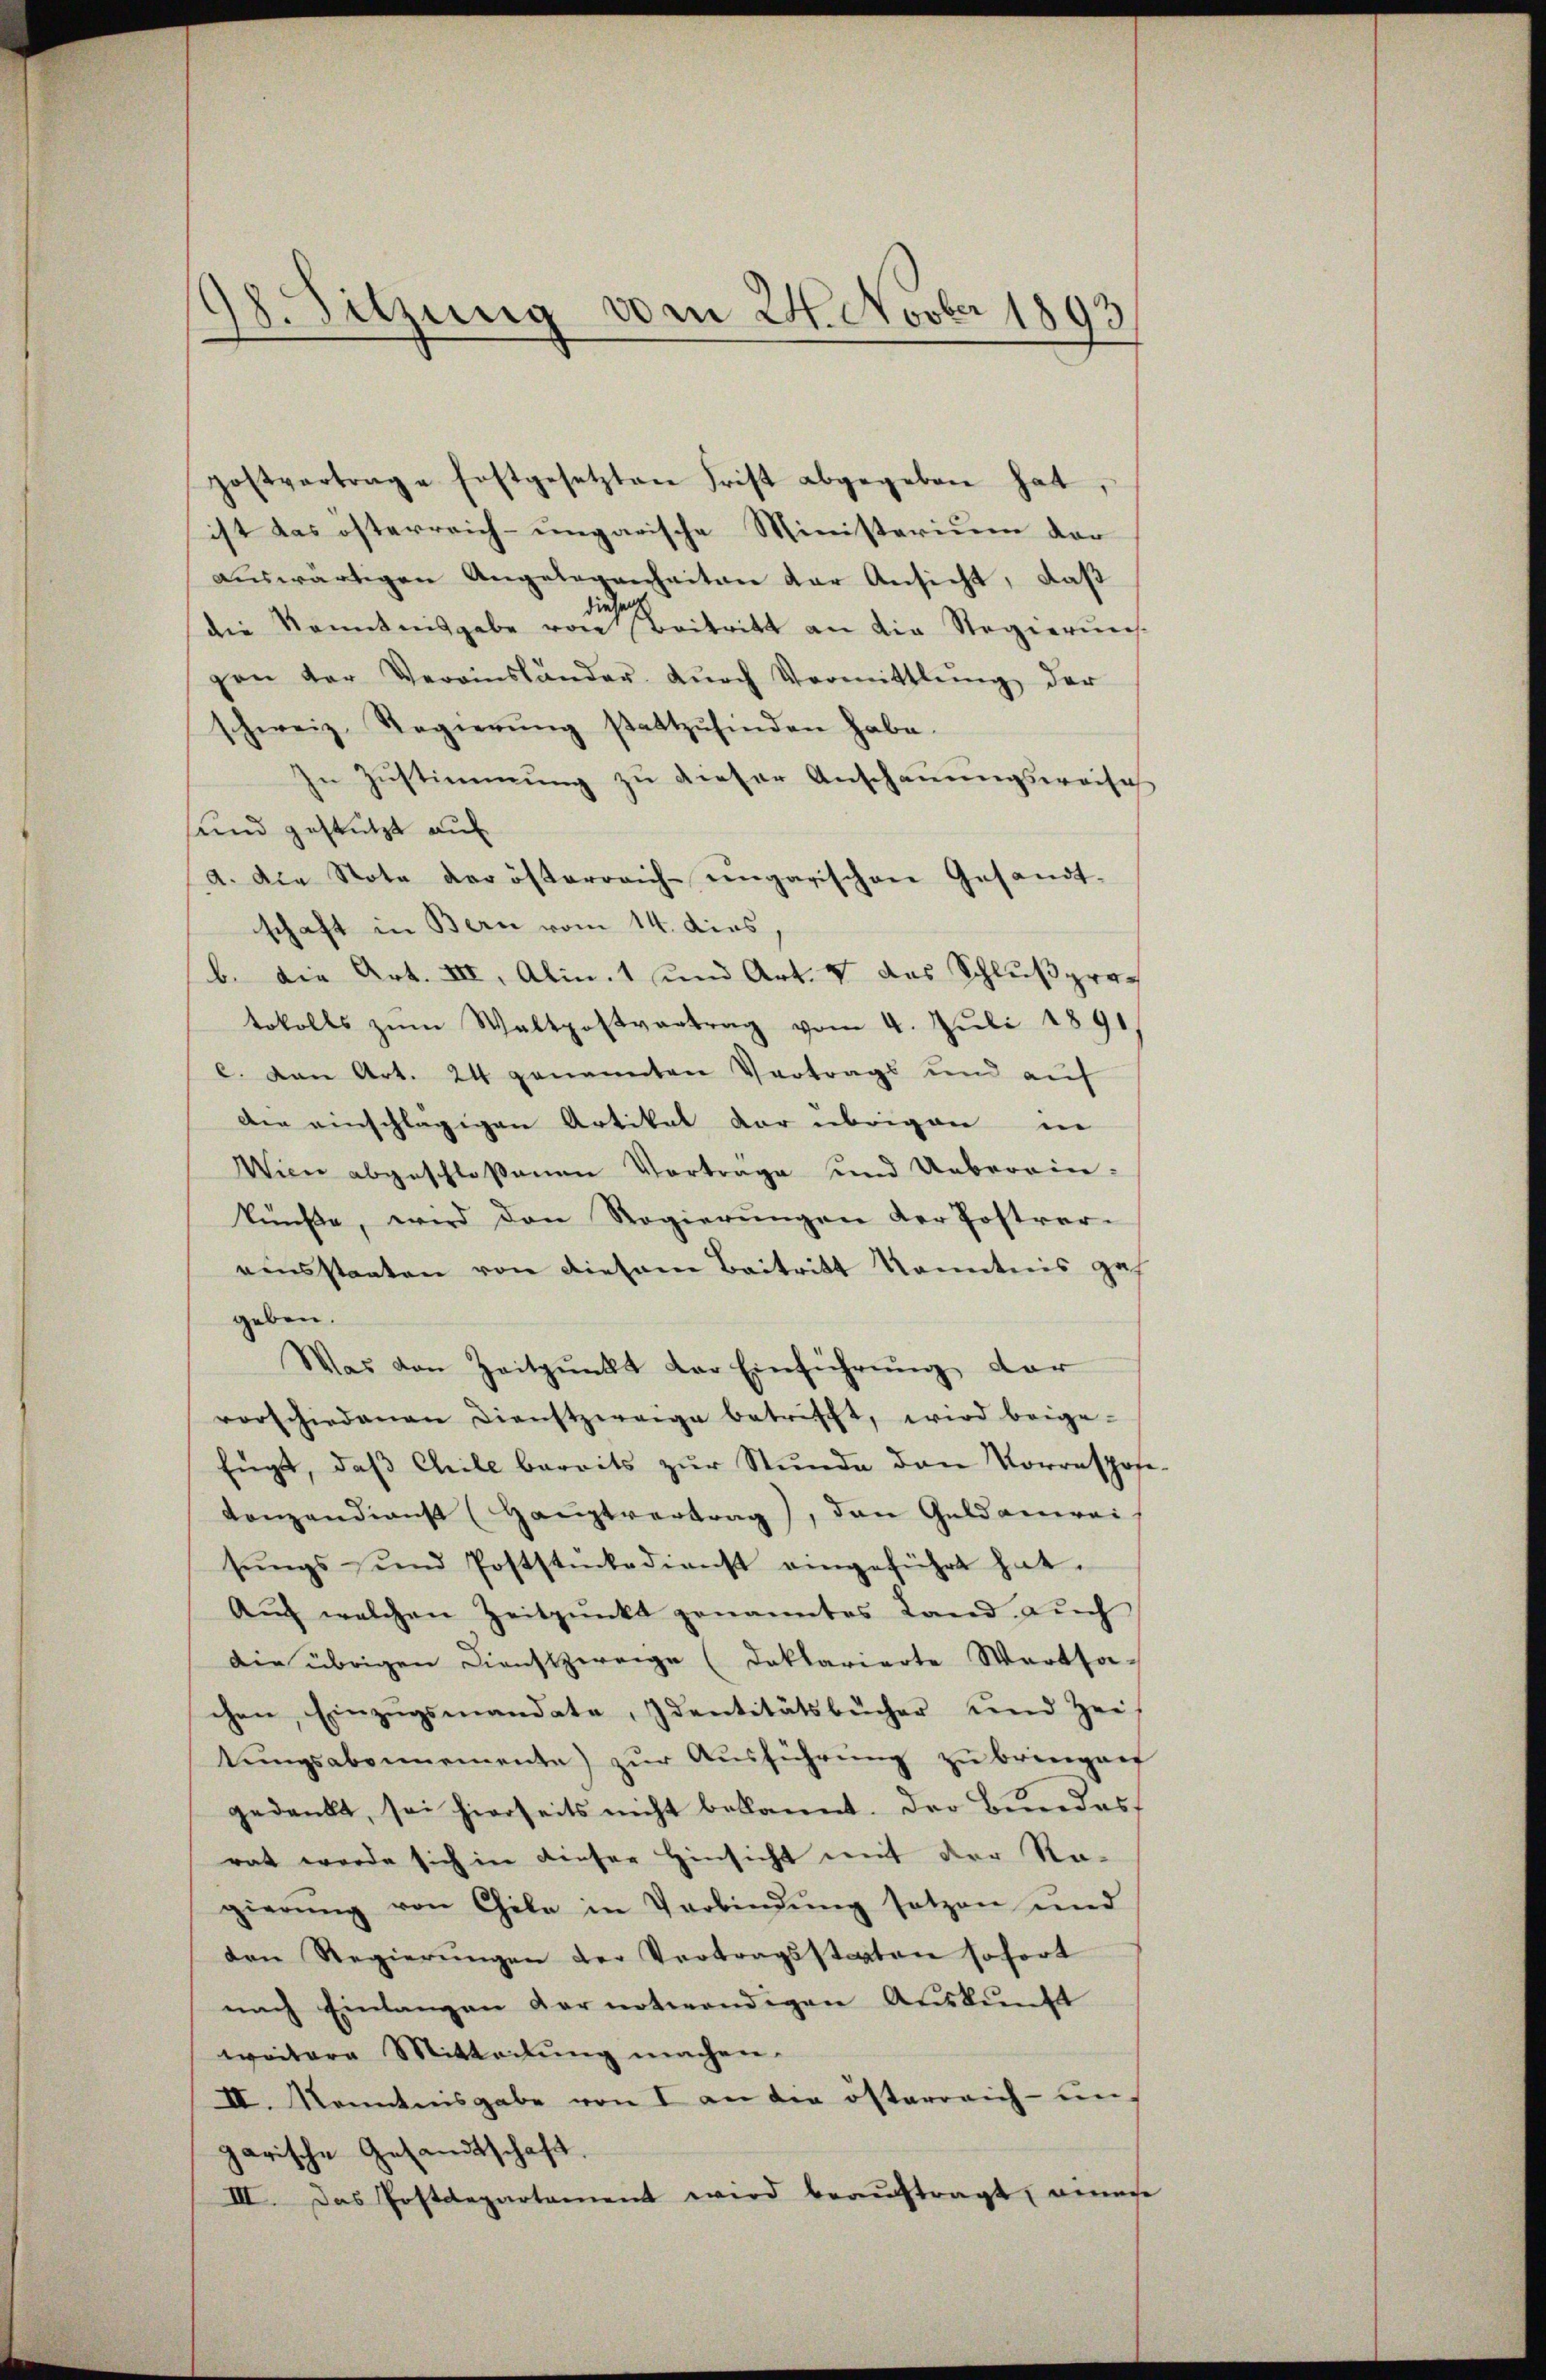
18. Sitzung vom 24. Novber 1893

postvertrage festgesetzten Frist abgegeben hat,
ist das österreich-ungarische Ministerium der
aŭswärtigen Angelegenheiten der Ansicht, daβ
die Kenntnisgabe von Beitritt an die Regierung
gen der Vereinsländer Dŭrch Vermittlung der
schweiz. Regierŭng stattzŭfinden habe.
In Zustimmung zu dieser Anschauungsweises
und gestützt auf
a. Die Note der österreich-ungarischen Gesandt-
schaft in Bern vom 14. dies.
b. Die Art. III, Alin. 1 und Art. 4 das Schlußpretokolls zŭm Waltpostvertrag vom 4. Juli 1891
e. Dann Art. 24 genannten Vertrags und auf
Die einschlägigen Artikat vor übrigen in
Wien abgeschloßenen Vortrage und Uebereinkünfte, wird den Regierŭngen der Postver-
einsstaaten von diesem Beitritt Kenntnis ges
geben.
Was von Zeitpunkt der Einführung dar
vorschiedenen Dienstzweige betrifft, wird beige-
fügt, daβ Chile bereits zŭr Stunde den Vorrespose
Lanzendienst (Hauptvertrag), den Geldanwei-
sŭngs und Poststŭckedienst eingeführt hat.
Aŭch welchen Zeitpunkt genanntes Land auch
Die übrigen Dienstzweige (daklarierte Wertsa-
chen Einzŭgsmandate, Identitätsbücher und Zeit
tŭngsabonnemente) zŭr Aŭsführŭng zu bringen
gedankt, sei hierseits nicht bekannt. Der Bundes
rat werde sich in dieser Hinsicht mit der Ra-
gierŭng von Chile in Verbindŭng setzen und
den Regierŭngen der Vertragsstaten sofort
nach Einlangen der notwendigen Auskunft
weitere Mitteilung machen.
II. Kenntnisgabe von I an die österreich- un
garische Gesandtschaft.
III. Das Postdepartament wird beaŭftragt, einese